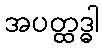
အပတ္ထဒ္ဓါ